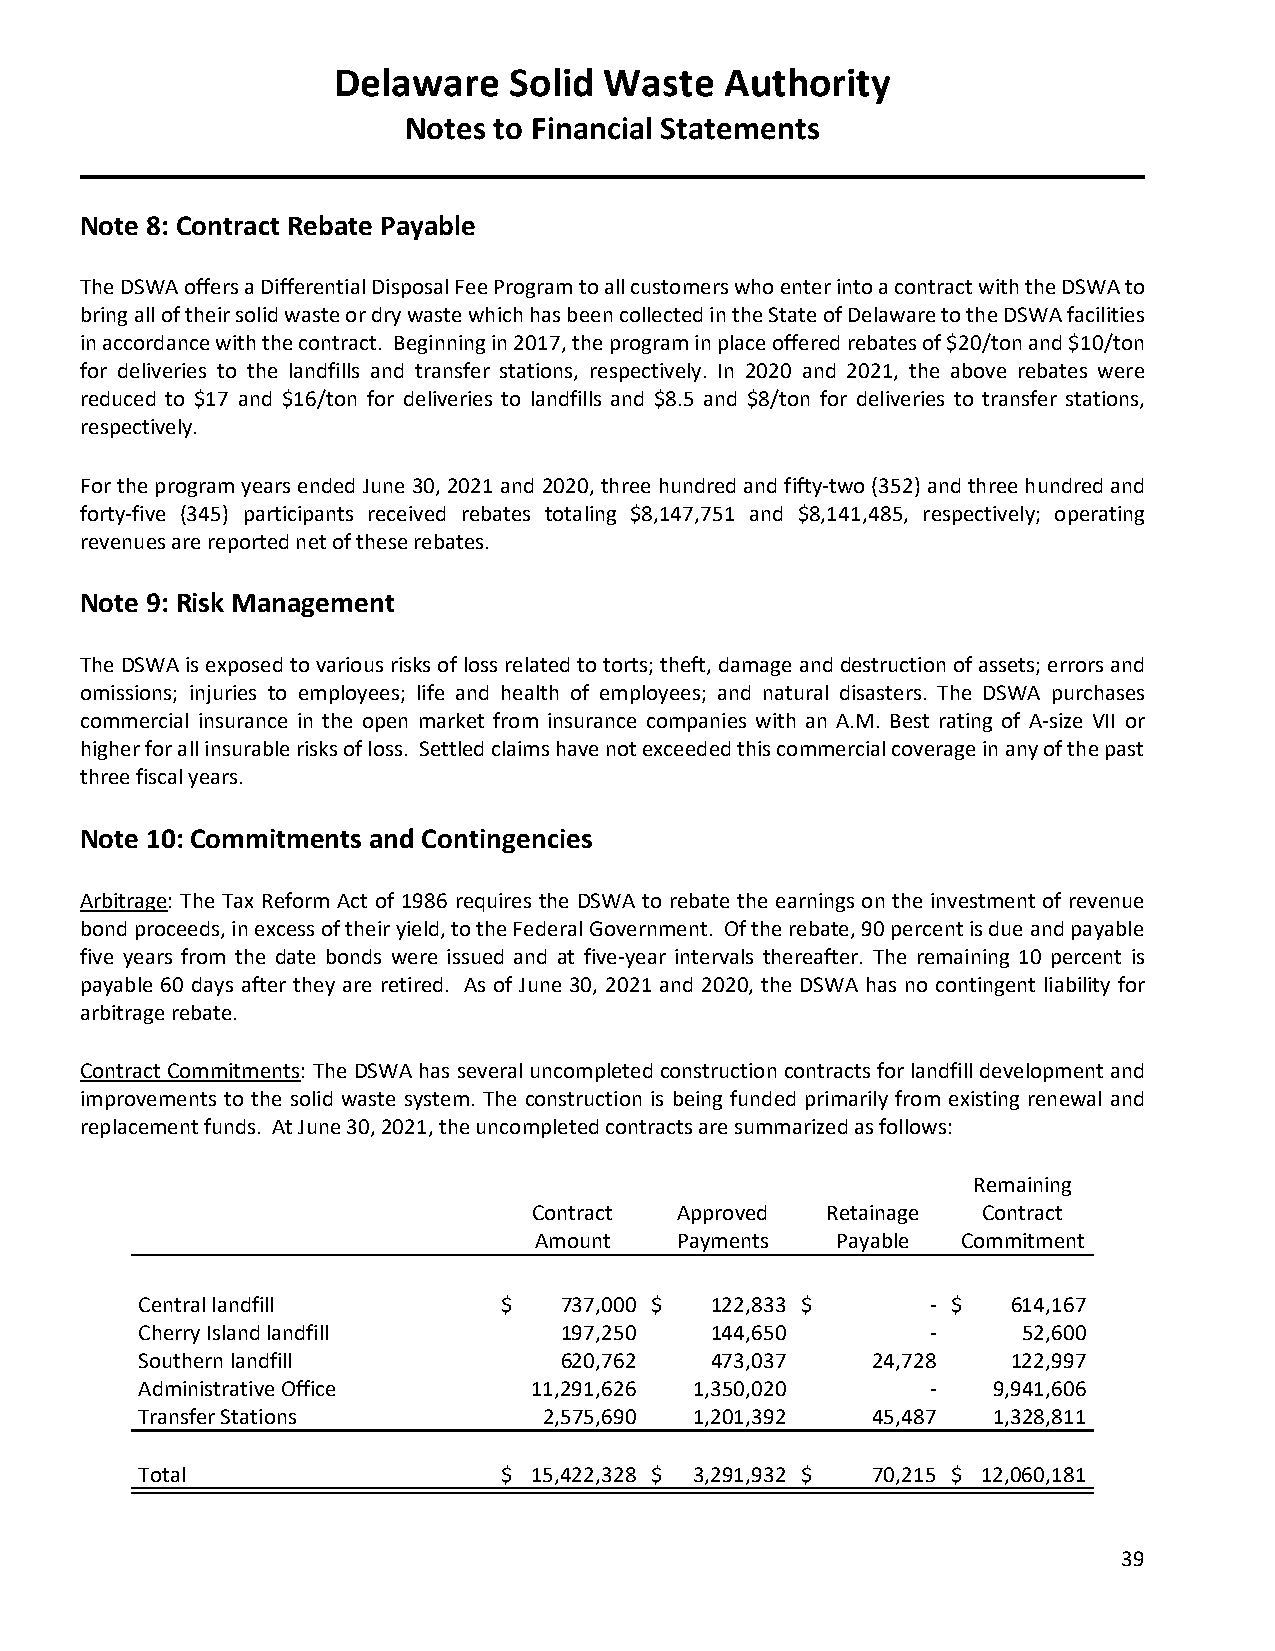
Delaware    Solid Waste   Authority
 Notes to Financial Statements
 Note 8: Contract Rebate Payable
 The DSWA offers a Differential Disposal Fee Program to all customers who enter into a contract with the DSWA to
 bring all of their solid waste or dry waste which has been collected in the State of Delaware to the DSWA facilities
 in accordance with the contract. Beginning in 2017, the program in place offered rebates of $20/ton and $10/ton
 for deliveries to the landfills and transfer stations, respectively. In 2020 and 2021, the above rebates were
 reduced to $17 and $16/ton for deliveries to landfills and $8.5 and $8/ton for deliveries to transfer stations,
 respectively.
 For the program years ended June 30, 2021 and 2020, three hundred and fifty-two (352) and three hundred and
 forty-five (345) participants received rebates totaling $8,147,751 and $8,141,485, respectively; operating
 revenues are reported net of these rebates.
 Note 9: Risk Management
 The DSWA is exposed to various risks of loss related to torts; theft, damage and destruction of assets; errors and
 omissions; injuries to employees; life and health of employees; and natural disasters. The DSWA purchases
 commercial insurance in the open market from insurance companies with an A.M. Best rating of A-size VII or
 higher for all insurable risks of loss. Settled claims have not exceeded this commercial coverage in any of the past
 three fiscal years.
 Note 10: Commitments and Contingencies
 Arbitrage: The Tax Reform Act of 1986 requires the DSWA to rebate the earnings on the investment of revenue
 bond proceeds, in excess of their yield, to the Federal Government. Of the rebate, 90 percent is due and payable
 five years from the date bonds were issued and at five-year intervals thereafter. The remaining 10 percent is
 payable 60 days after they are retired. As of June 30, 2021 and 2020, the DSWA has no contingent liability for
 arbitrage rebate.
 Contract Commitments: The DSWA has several uncompleted construction contracts for landfill development and
 improvements to the solid waste system. The construction is being funded primarily from existing renewal and
 replacement funds. At June 30, 2021, the uncompleted contracts are summarized as follows:
 Remaining
 Contract  Approved  Retainage Contract
 Amount    Payments  Payable  Commitment
 Central landfill        $   737,000 $ 122,833 $      - $  614,167
 Cherry Island landfill      197,250   144,650        -     52,600
 Southern landfill           620,762   473,037    24,728   122,997
 Administrative Office     11,291,626 1,350,020       -   9,941,606
 Transfer Stations          2,575,690 1,201,392   45,487  1,328,811
 Total                   $ 15,422,328 $ 3,291,932 $ 70,215 $ 12,060,181
 39